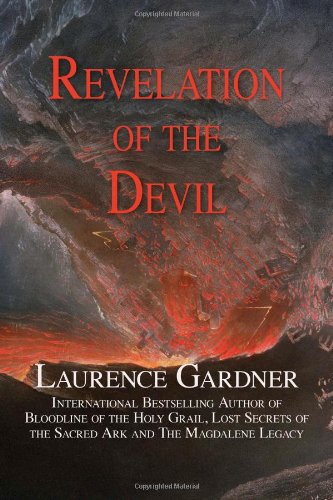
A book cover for Revelation of the Devil; Laurence Gardner; Christian Books & Bibles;